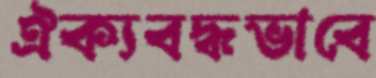
ঐক্যবদ্ধভাবে